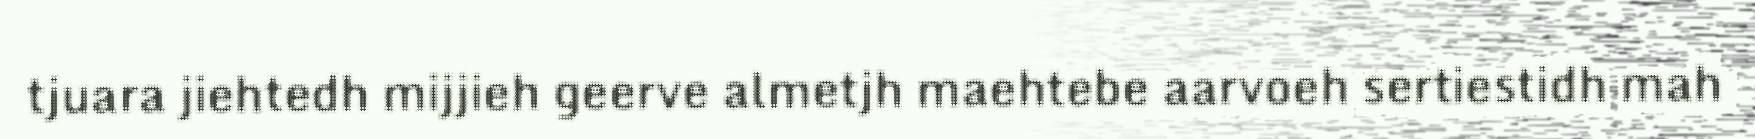
tjuara jiehtedh mijjieh geerve almetjh maehtebe aarvoeh sertiestidh mah